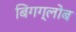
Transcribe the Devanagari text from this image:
बिगग्लोब